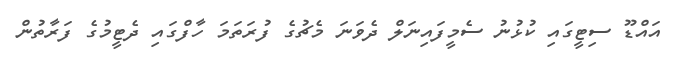
އައްޑޫ ސިޓީގައި ކުޅުނު ސެމީފައިނަލް ދެވަނަ މެޗުގެ ފުރަތަމަ ހާފްގައި ދެޓީމުގެ ފަރާތުން